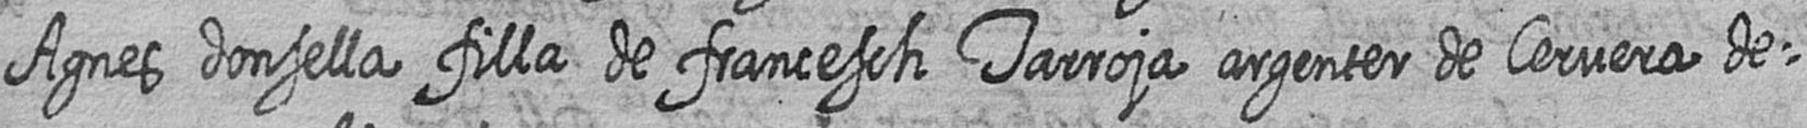
Agnes donsella filla de francesch Tarroja argenter de Cervera de=